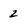
Character: 2